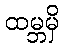
ထမ္ဘမှိ